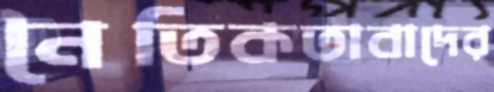
নৈতিকতাবাদের